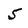
Character: 5